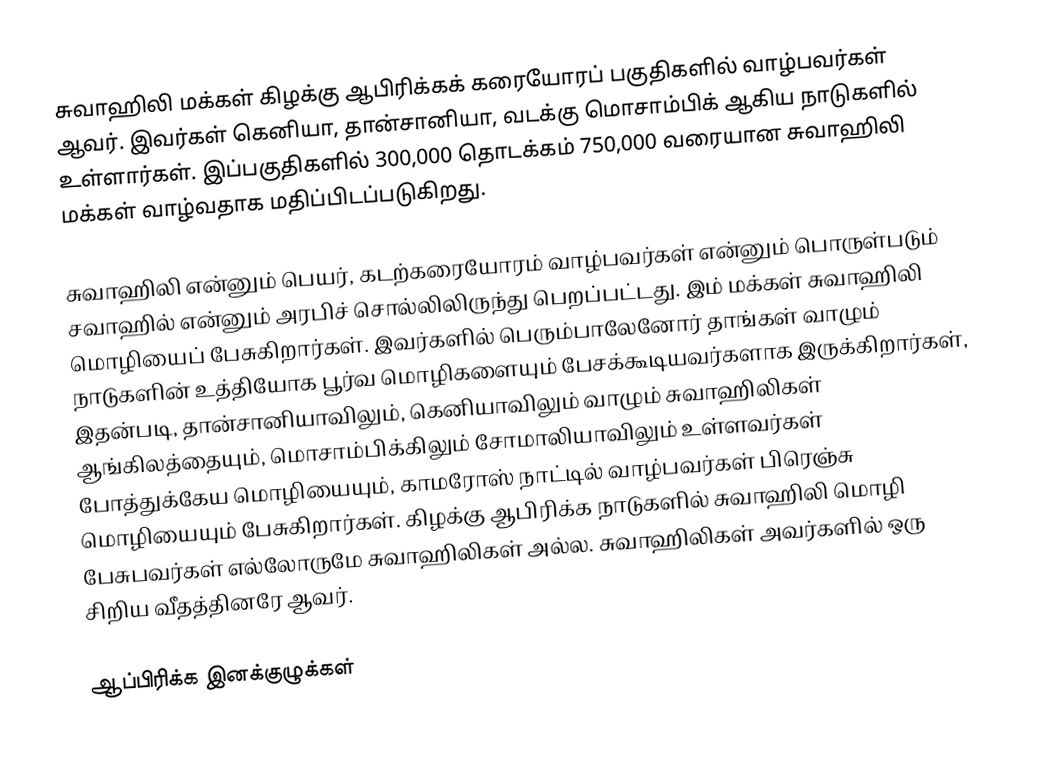
சுவாஹிலி மக்கள் கிழக்கு ஆபிரிக்கக் கரையோரப் பகுதிகளில் வாழ்பவர்கள் ஆவர். இவர்கள் கெனியா, தான்சானியா, வடக்கு மொசாம்பிக் ஆகிய நாடுகளில் உள்ளார்கள். இப்பகுதிகளில் 300,000 தொடக்கம் 750,000 வரையான சுவாஹிலி மக்கள் வாழ்வதாக மதிப்பிடப்படுகிறது.

சுவாஹிலி என்னும் பெயர், கடற்கரையோரம் வாழ்பவர்கள் என்னும் பொருள்படும் சவாஹில் என்னும் அரபிச் சொல்லிலிருந்து பெறப்பட்டது. இம் மக்கள் சுவாஹிலி மொழியைப் பேசுகிறார்கள். இவர்களில் பெரும்பாலேனோர் தாங்கள் வாழும் நாடுகளின் உத்தியோக பூர்வ மொழிகளையும் பேசக்கூடியவர்களாக இருக்கிறார்கள், இதன்படி, தான்சானியாவிலும், கெனியாவிலும் வாழும் சுவாஹிலிகள் ஆங்கிலத்தையும், மொசாம்பிக்கிலும் சோமாலியாவிலும் உள்ளவர்கள் போத்துக்கேய மொழியையும், காமரோஸ் நாட்டில் வாழ்பவர்கள் பிரெஞ்சு மொழியையும் பேசுகிறார்கள். கிழக்கு ஆபிரிக்க நாடுகளில் சுவாஹிலி மொழி பேசுபவர்கள் எல்லோருமே சுவாஹிலிகள் அல்ல. சுவாஹிலிகள் அவர்களில் ஒரு சிறிய வீதத்தினரே ஆவர்.

ஆப்பிரிக்க இனக்குழுக்கள்